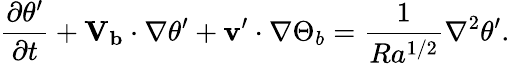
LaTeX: \frac{\partial{\theta}^{\prime}}{\partial t}+\mathbf{V_{b}}\cdot\mathbf{\nabla}{\theta}^{\prime}+{\mathbf{v}}^{\prime}\cdot\mathbf{\nabla}\Theta_{b}=\frac{1}{Ra^{1/2}}\mathbf{\nabla}^{2}{\theta}^{\prime}.